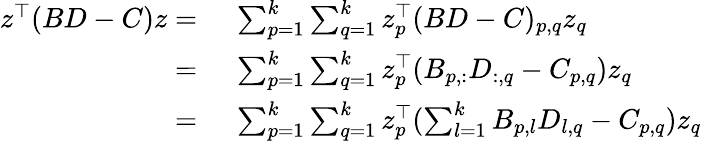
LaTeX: \begin{array}{rl}{z^{\top}(BD-C)z=}&{~\sum_{p=1}^{k}\sum_{q=1}^{k}z_{p}^{\top}(BD-C)_{p,q}z_{q}}\\ {=}&{~\sum_{p=1}^{k}\sum_{q=1}^{k}z_{p}^{\top}(B_{p,:}D_{:,q}-C_{p,q})z_{q}}\\ {=}&{~\sum_{p=1}^{k}\sum_{q=1}^{k}z_{p}^{\top}(\sum_{l=1}^{k}B_{p,l}D_{l,q}-C_{p,q})z_{q}}\end{array}